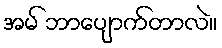
အမ် ဘာပျောက်တာလဲ။